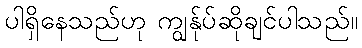
ပါရှိနေသည်ဟု ကျွန်ုပ်ဆိုချင်ပါသည်။